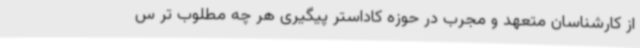
از کارشناسان متعهد و مجرب در حوزه کاداستر پیگیری هر چه مطلوب تر س